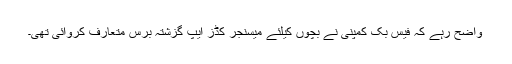
واضح رہے کہ فیس بک کمپنی نے بچوں کیلئے میسنجر کڈز ایپ گزشتہ برس متعارف کروائی تھی۔